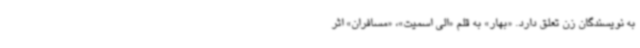
به نویسندگان زن تعلق دارد. «بهار» به قلم «الی اسمیت»، «مسافران» اثر